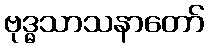
ဗုဒ္ဓသာသနာတော်